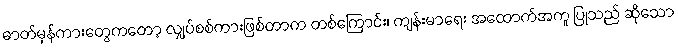
ဓာတ်မှန်ကားတွေကတော့ လျှပ်စစ်ကားဖြစ်တာက တစ်ကြောင်း၊ ကျန်းမာရေး အထောက်အကူ ပြုသည် ဆိုသော